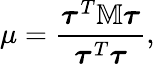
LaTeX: \mu=\frac{\boldsymbol{\tau}^{T}\mathbb{M}\boldsymbol{\tau}}{\boldsymbol{\tau}^{T}\boldsymbol{\tau}},